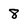
Character: 8